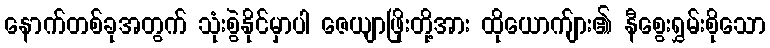
နောက်တစ်ခုအတွက် သုံးစွဲနိုင်မှာပါ ဇေယျာဖြိုးတို့အား ထိုယောက်ျား၏ နီစွေးရွှမ်းစိုသော